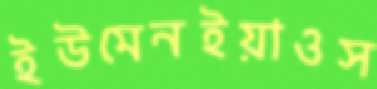
ইউমেনইয়াওস